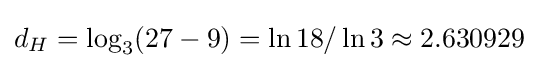
d_{H}=\log _{3}(27-9)=\ln 18/\ln 3\approx 2.630929